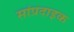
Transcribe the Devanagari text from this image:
सांप्रदाइक